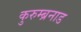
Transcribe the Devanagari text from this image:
कुरुम्ब्रनाड